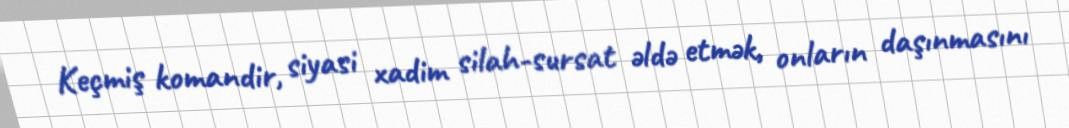
Keçmiş komandir, siyasi xadim silah-sursat əldə etmək, onların daşınmasını